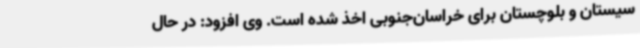
سیستان و بلوچستان برای خراسان‌جنوبی اخذ شده است. وی افزود: در حال